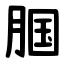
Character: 腘